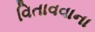
વિતાવવાના